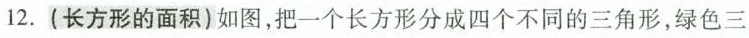
12.(长方形的面积)如图，把一个长方形分成四个不同的三角形，绿色三